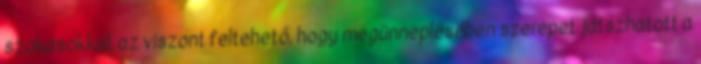
szokásokkal, az viszont feltehető, hogy megünneplésében szerepet játszhatott a